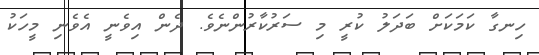
ހިނގާ ކަމަކަށް ބަދަލު ކުރީ މި ސަރުކާރުންނެވެ. ދެން އިވެނީ އެވެނި މީހަކު